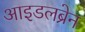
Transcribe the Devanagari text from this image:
आइडलब्रेन